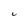
Character: C